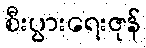
စီးပွားရေးဇုန်